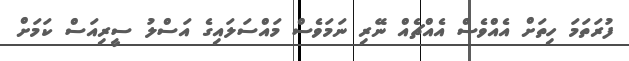
ފުރަތަމަ ހިތަށް އެއްވެސް އެއްޗެއް ނޭރި ނަމަވެސް މައްސަލައިގެ އަސްލު ސީރިއަސް ކަމަށް